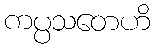
ကပ္ပသတေဟိ